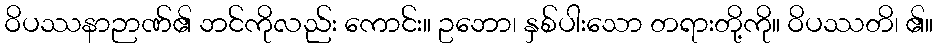
ဝိပဿနာဉာဏ်၏ ဘင်ကိုလည်း ကောင်း။ ဥဘော၊ နှစ်ပါးသော တရားတို့ကို။ ဝိပဿတိ၊ ၏။